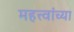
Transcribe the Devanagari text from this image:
महत्त्वांच्या